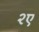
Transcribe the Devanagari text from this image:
२ए